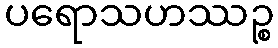
ပရောသဟဿဉ္စ